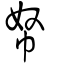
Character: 帑